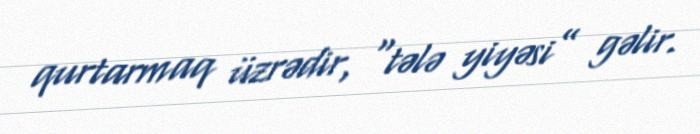
qurtarmaq üzrədir, “tələ yiyəsi” gəlir.